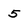
Character: 5